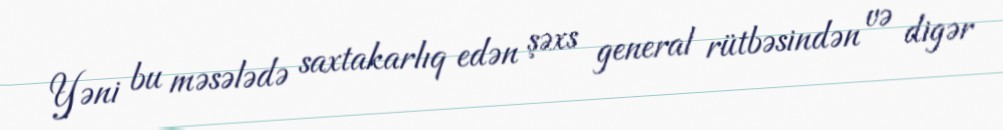
Yəni bu məsələdə saxtakarlıq edən şəxs general rütbəsindən və digər